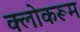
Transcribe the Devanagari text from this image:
क्लोकरूम